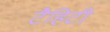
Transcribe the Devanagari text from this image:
टैहिटी